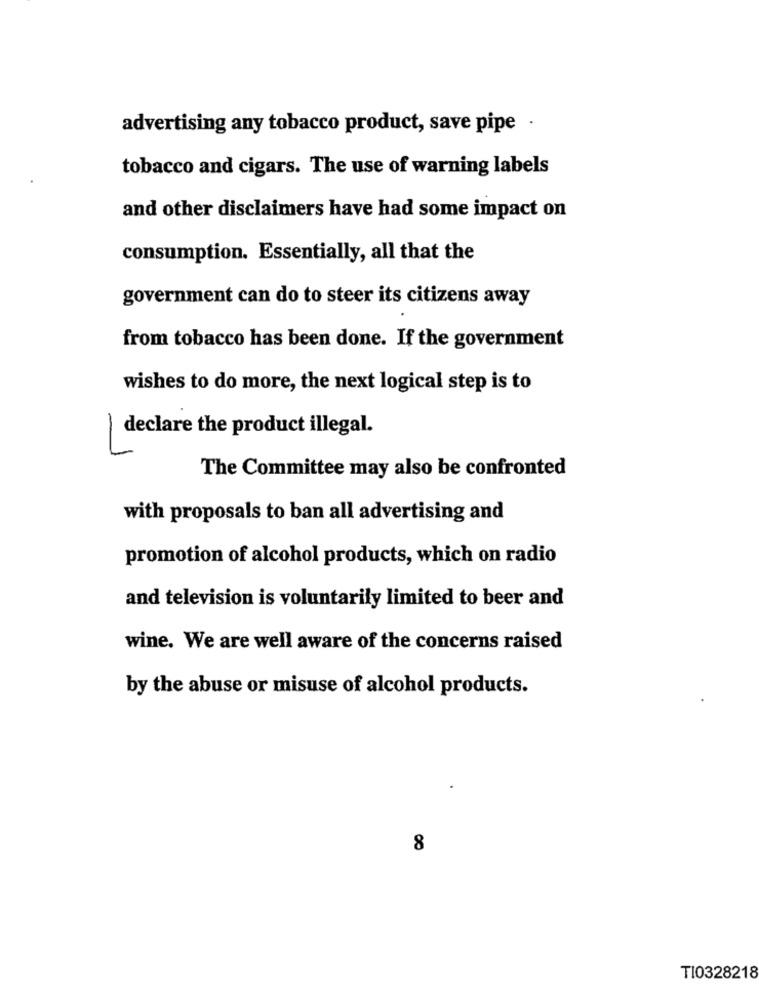
advertising any tobacco product, save pipe ·
tobacco and cigars. The use of warning labels
and other disclaimers have had some impact on
consumption. Essentially, all that the
government can do to steer its citizens away
from tobacco has been done. If the government
wishes to do more, the next logical step is to
declare the product illegal.
1
The Committee may also be confronted
with proposals to ban all advertising and
promotion of alcohol products, which on radio
and television is voluntarily limited to beer and
wine. We are well aware of the concerns raised
by the abuse or misuse of alcohol products.
8
TI0328218